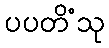
ပပတိံသု